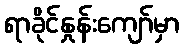
ရာခိုင်နှုန်းကျော်မှာ